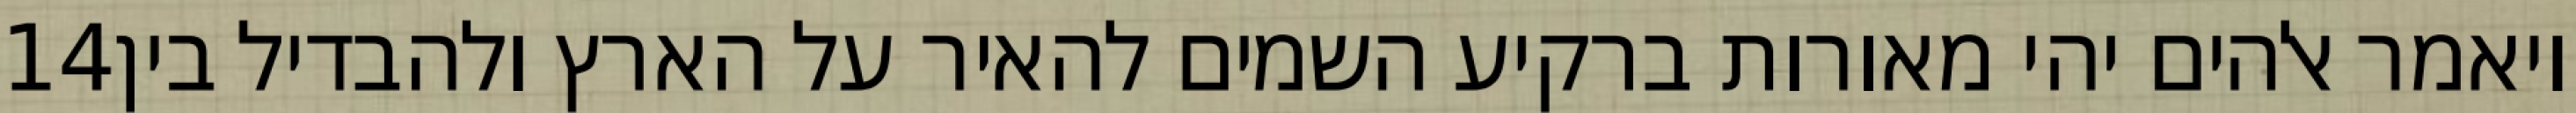
‎14‏ ויאמר אלהים יהי מאורות ברקיע השמים להאיר על הארץ ולהבדיל בין